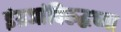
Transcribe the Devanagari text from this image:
इंग्रजांविरुद्धच्या